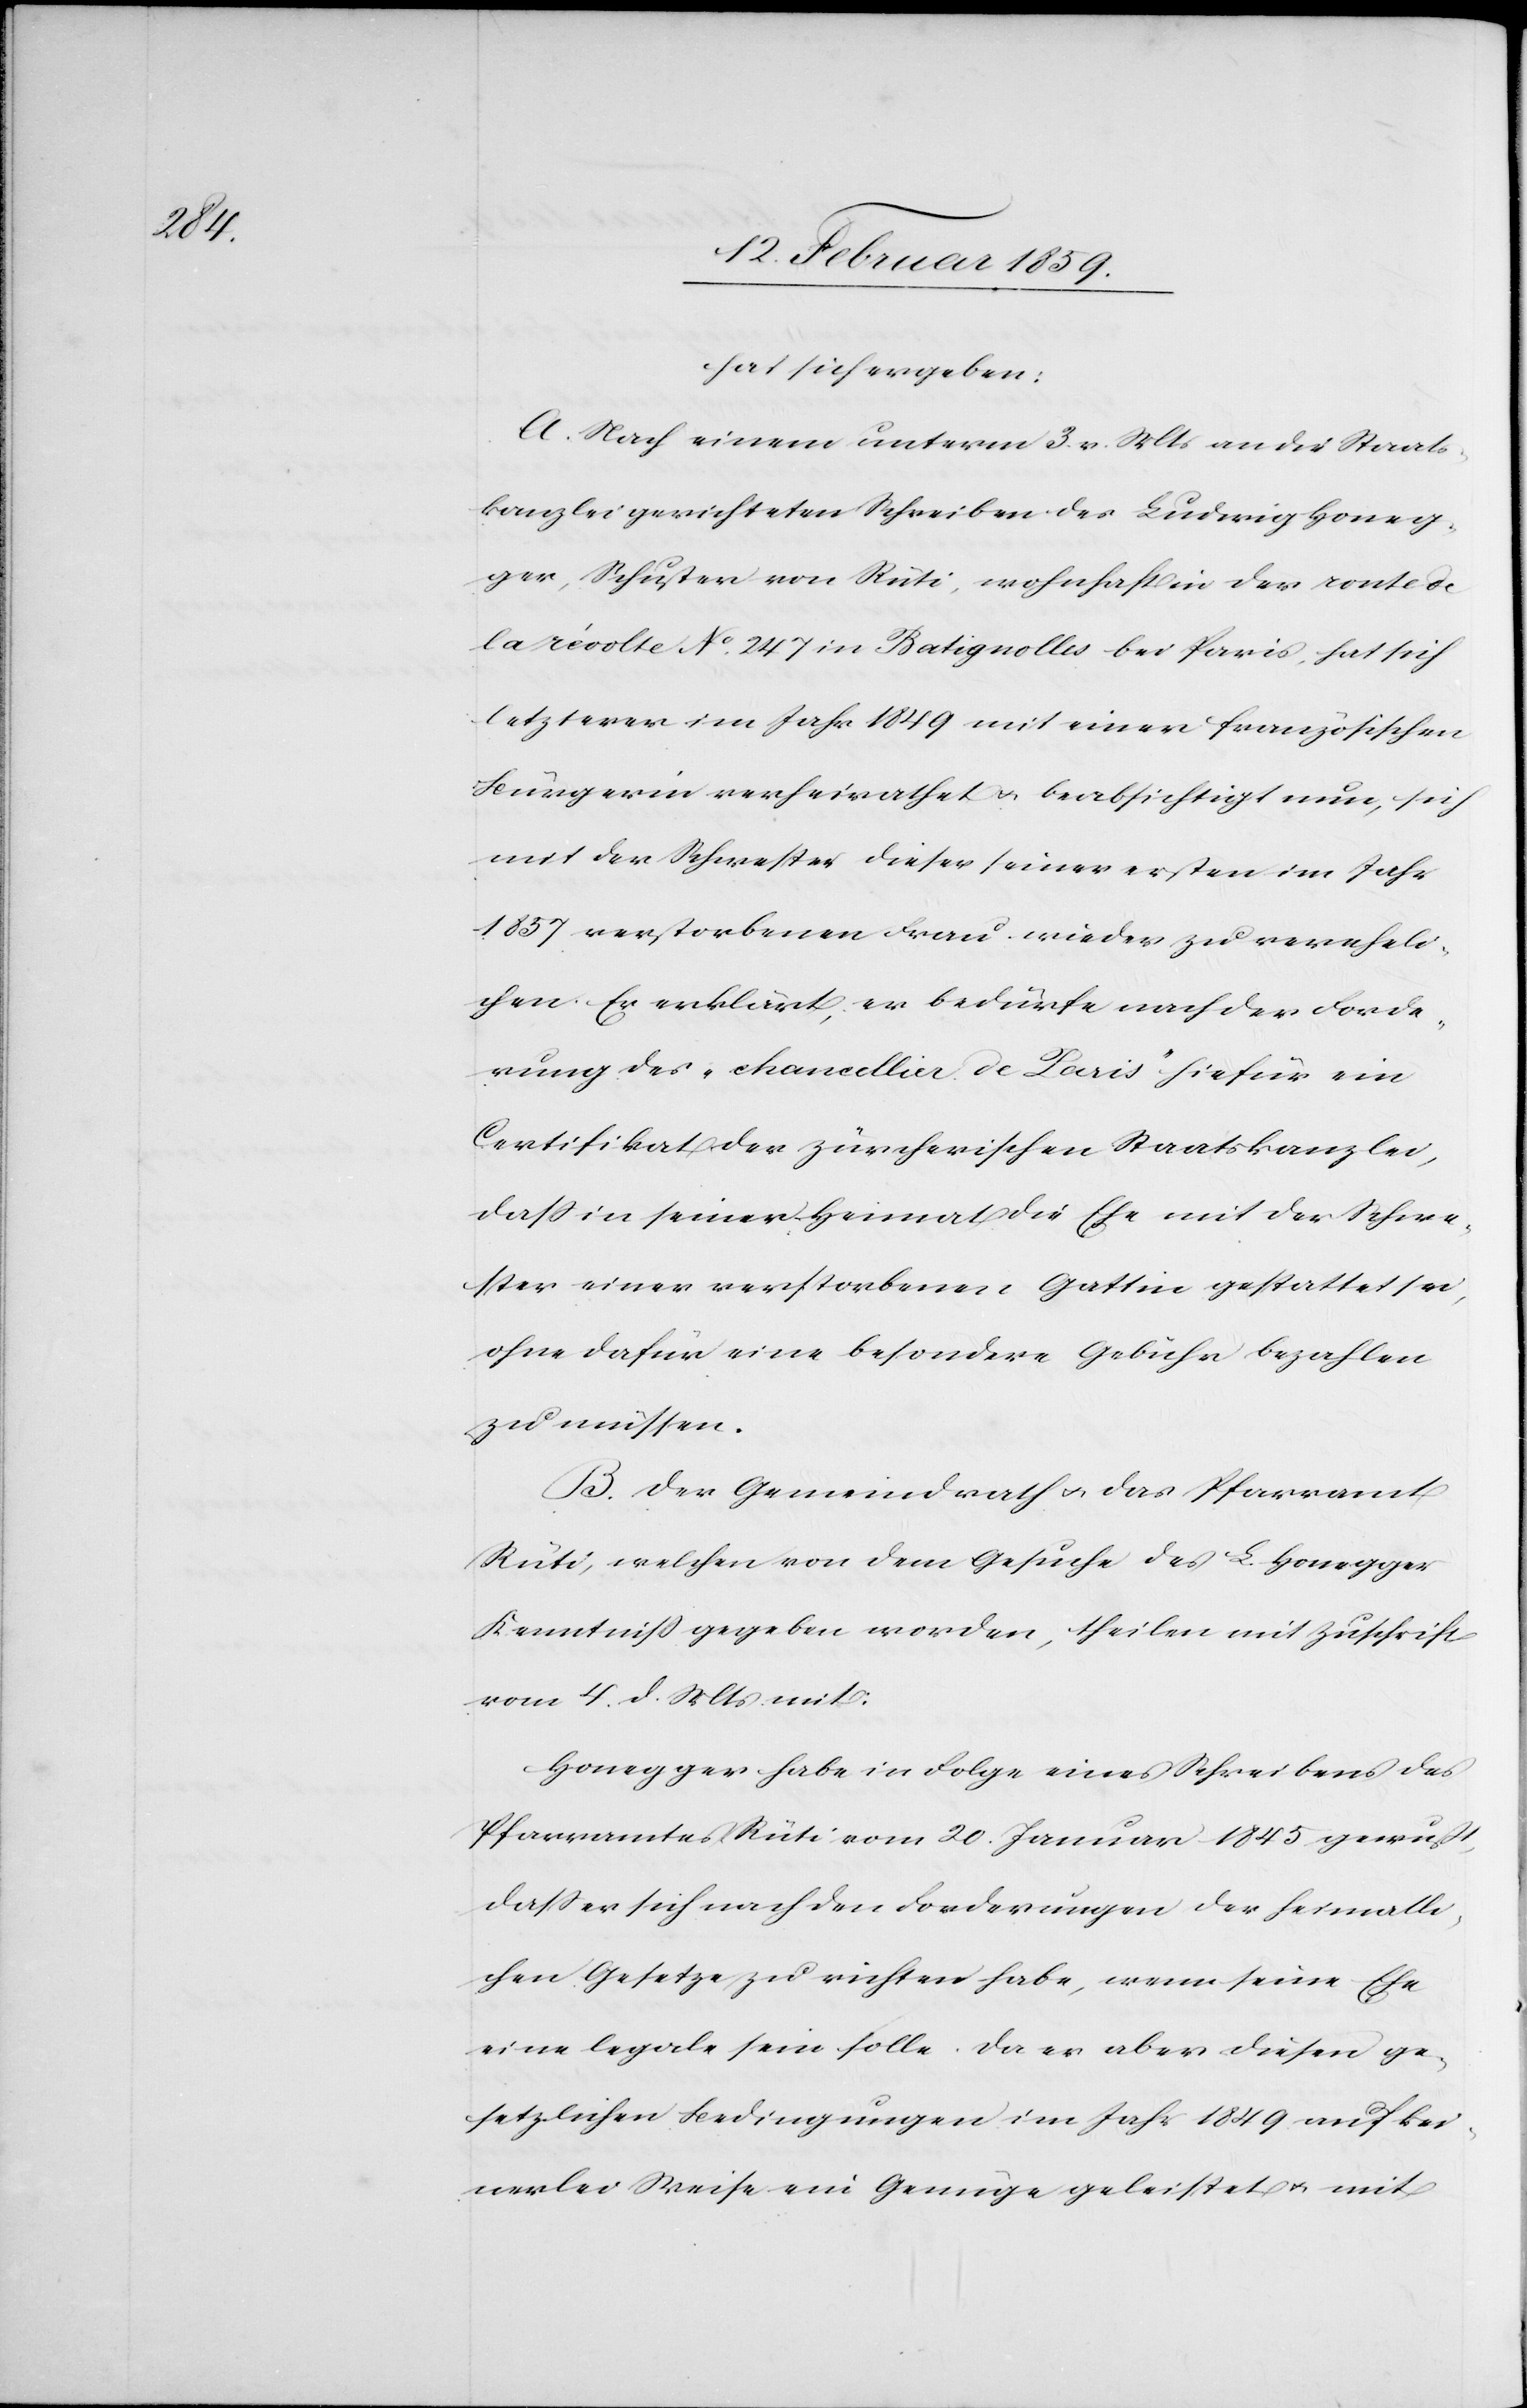
hat sich ergeben:
A. Nach einem unterm 3. v. Mts an die Staats¬
kanzlei gerichteten Schreiben des Ludwig Honeg¬
ger, Schuster von Rüti, wohnhaft in der route de
la révolte No. 247 in Batignolles bei Paris, hat sich
letzterer im Jahr 1849 mit einer französischen
Bürgerin verheirathet u beabsichtigt nun, sich
mit der Schwester dieser seiner ersten im Jahr
1857 verstorbenen Frau wieder zu vereheli¬
chen. Er erklärt, es bedürfe nach der Forde¬
rung des „chancellier de Paris“ hiefür ein
Certifikat der zürcherischen Staatskanzlei,
daß in seiner Heimat die Ehe mit der Schwe¬
ster einer verstorbenen Gattin gestattet sei,
ohne dafür eine besondere Gebühr bezahlen
zu müssen.
B. Der Gemeindrath u. das Pfarramt
Rüti welchen von dem Gesuche des L. Honegger
Kenntniß gegeben worden, theilen mit Zuschrift
vom 4. d. Mts mit:
Honegger habe in Folge eines Schreibens des
Pfarramtes Rüti vom 20. Januar 1845 gewußt,
daß er sich nach den Forderungen der heimatli¬
chen Gesetze zu richten habe, wenn seine Ehe
eine legale sein solle. Da er aber diesen ge¬
setzlichen Bedingungen im Jahr 1849 auf kei¬
nerlei Weise ein Genüge geleistet u. mit